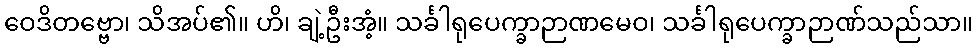
ဝေဒိတဗ္ဗော၊ သိအပ်၏။ ဟိ၊ ချဲ့ဦးအံ့။ သင်္ခါရုပေက္ခာဉာဏမေဝ၊ သင်္ခါရုပေက္ခာဉာဏ်သည်သာ။